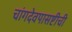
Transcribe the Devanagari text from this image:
चांगदेवपासष्टीची